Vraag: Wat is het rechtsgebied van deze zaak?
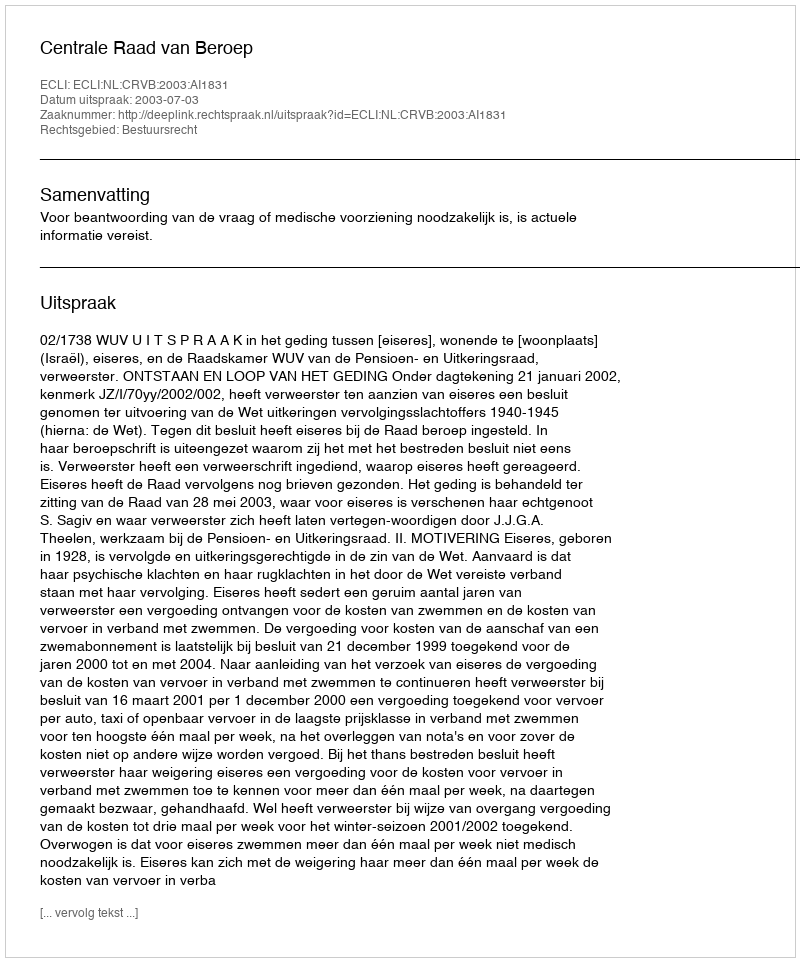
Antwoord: Bestuursrecht